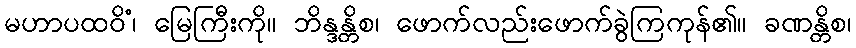
မဟာပထဝိံ၊ မြေကြီးကို။ ဘိန္ဒန္တိစ၊ ဖောက်လည်းဖောက်ခွဲကြကုန်၏။ ခဏန္တိစ၊